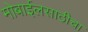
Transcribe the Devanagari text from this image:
मोबाईलसाठीचा